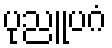
ပုညူပဂံ